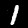
Digit: 1